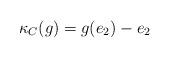
LaTeX: \begin{align*}\kappa_{C}(g) = g(e_2)-e_2\end{align*}